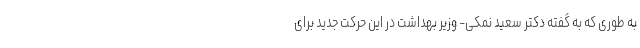
به طوری که به گفته دکتر سعید نمکی- وزیر بهداشت در این حرکت جدید برای